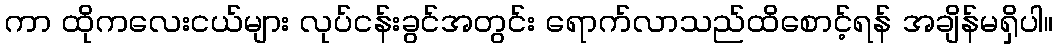
ကာ ထိုကလေးငယ်များ လုပ်ငန်းခွင်အတွင်း ရောက်လာသည်ထိစောင့်ရန် အချိန်မရှိပါ။